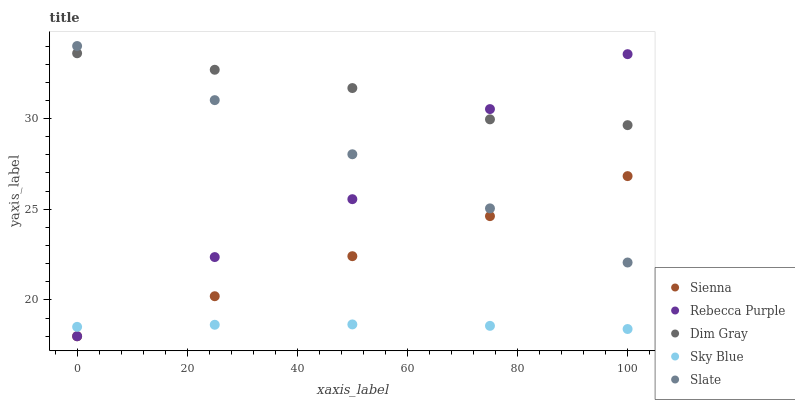
| xaxis_label | Sienna | Rebecca Purple | Dim Gray | Sky Blue | Slate |
 | --- | --- | --- | --- | --- | --- |
 | 0 | 18 | 18 | 33.6 | 18.5 | 34 |
 | 25 | 20.2 | 22.4 | 32.7 | 18.6 | 31 |
 | 50 | 22.4 | 25.6 | 31.7 | 18.7 | 28 |
 | 75 | 24.6 | 30.5 | 30 | 18.6 | 25 |
 | 100 | 26.8 | 33.6 | 29.6 | 18.4 | 22.1 |